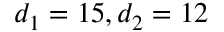
d _ { 1 } = 1 5 , d _ { 2 } = 1 2